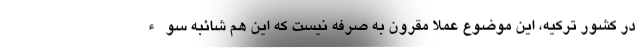
در کشور ترکیه، این موضوع عملا مقرون به صرفه نیست که این هم شائبه سوء